Medical and sanitary report of the native army of Bengal for the year
Year: 1877
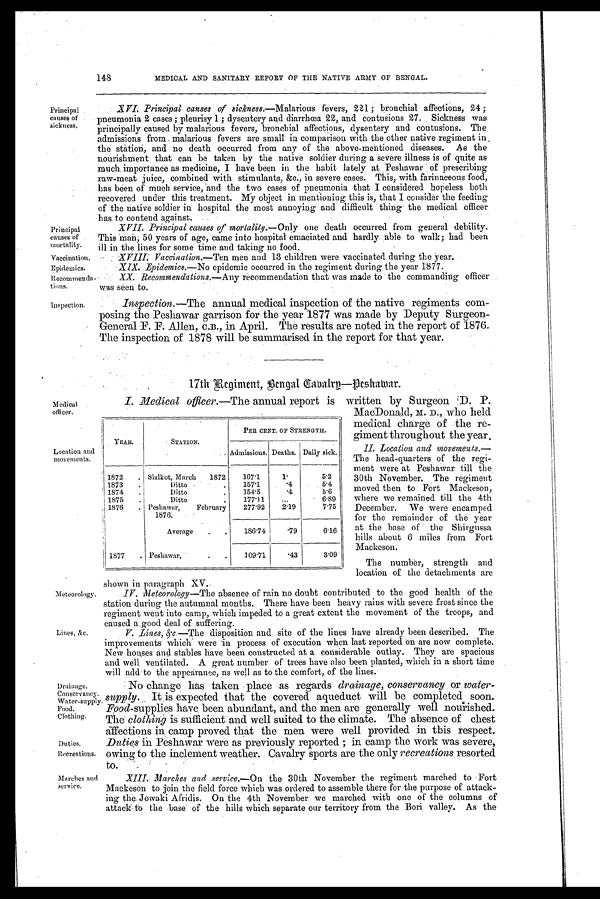
Principal
causes of
mortality.
Vaccination.
Epidemics.
Recommendations
inspection.
Duties.
Recreations.
Marches and
service.
148
MEDICAL AND SANITARY REPORT OF THE NATIVE ARMY OF BENGAL.
Principal
causes of
sickness,
XVI. Principal causes of sickness.—Malarious
fevers, 221; bronchial affections, 24 ;
pneumonia 2 cases ; pleurisy 1; dysentery and diarrhœa 22, and contusions 27. Sickness was
principally caused by malarious fevers, bronchial affections, dysentery and contusions. The
admissions from malarious fevers are small in comparison with the other native regiment in
the station, and no death occurred from any of the above-mentioned diseases. As the
nourishment that can be taken by the native soldier during a severe illness is of quite as
much importance as medicine, I have been in the habit lately at Peshawar of prescribing
raw-meat juice, combined with stimulants, &c., in severe cases. This, with farinaceous food,
has been of much service, and the two cases of pneumonia that I considered hopeless both
recovered under this treatment. My object in mentioning this is, that I consider the feeding
of the native soldier in hospital the most annoying and difficult thing the medical Officer
has to contend against.
XVII. Principal causes of mortality.— Only one death occurred from general debility.
This man; 50 years of age, came into hospital emaciated and hardly able to walk; had been
ill in the lines for some time and taking no food.
X V I I I . V a c c i n a t i o n . —
T e nM
e n a n d 1 3 c h i l d r e n w e r e v a c c i n a t e d d u r i n g t h e y e a r .
XIX. Epidemics .— No
epidemic occurred in the regiment during the year 1877.
XX.. Recommendations.— Any recommendation that was made to the commanding officer
was seen to.
Inspection.—The annual medical inspection of the native regiments com-
posing the Peshawar garrison for the year 1877 was made by Deputy Surgeon-
General F. F. Allen, C.B., in April. The results are noted in the report of 1876.
The inspection of 1878 will be summarised in the report for that year.
Medical
officer.
Location and
movements.
Meteorology.
Lines, &c.
Drainage.
Conservancy.
Water-supply.
Food.
Clothing.
17th Regiment, Bengal Cabalry—Deshawar.
I . M e d i c a l o f f i c e r . —T
h ea
n n u a l r e p o r t i s w r i t t e n b y S u r g e o n D . P .
MacDonald, M. D., who held
medical charge of the re-
giment throughout the year.
II. Location and movements.—
The head-quarters of the regi-
ment were at Peshawar till the
30th November. The regiment
moved then to Fort Mackeson,
where we remained till the 4th
December. We were encamped
for the remainder of the year
at the base of the Shirgussa
hills about 6 miles from Fort
Mackeson.
The number, strength and
location of the detachments are
shown in paragraph XV.
IV. Meteorology—The absence of rain no doubt contributed to the good health of the
station during the autumnal months. There have been heavy rains with severe frost since the
regiment went into camp, which impeded to a great extent the movement of the troops, and
caused a good deal of suffering.
V. Lines, &c.—The disposition and site of the lines have already been described. The
improvements which were in process of execution when last reported on are now complete.
New houses and stables have been constructed at a considerable outlay. They are spacious
and well ventilated. A great number of trees have also been planted, which in a short time
will add to the appearance, as well as to the comfort, of the lines.
No change has taken place as regards drainage, conservancy or water-
supply. It is expected that the covered aqueduct will be completed soon.
Food-supplies have been abundant, and the men are generally well nourished.
The clothing is sufficient and well suited to the climate. The absence of chest
affections in camp proved that the men were well provided in this respect.
Duties in Peshawar were as previously reported ; in camp the work was severe,
owing to the inclement weather. Cavalry sports are the only recreations resorted
to.
XIII. Marches and service.— On the 30th November the regiment marched to Fort
Mackeson to join the field force which was ordered to assemble there forthe purpose of attack-
ing the Jowaki Afridis. On the 4th November we marched with one of the columns of
attack to the base of the hills which separate our territory from the Bori valley. As the
YEAR.
STATION.
PER CENT. OF STRENGTH.
Admissions. Deaths. Daily sick.
1872
. Sialkot, March
1872
167.1
1 .
5.2
1873
.
Ditto -
.
157.1
.4
5.4
1874
.
Ditto
.
154.5
.4
5.6
1875
.
Ditto
.
177.11
...
6.89
1876
. Peshawar,
1876.
February
277.92
2.19
7.75
Average
.
.
186. 74 .79
6.16
1877
. Peshawar,
.
.
109.71
.43
3.09